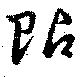
貼